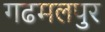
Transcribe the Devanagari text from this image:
गढमलपुर